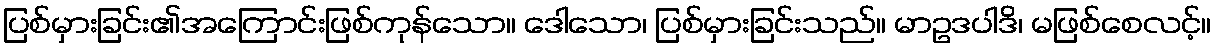
ပြစ်မှားခြင်း၏အကြောင်းဖြစ်ကုန်သော။ ဒေါသော၊ ပြစ်မှားခြင်းသည်။ မာဥဒပါဒိ၊ မဖြစ်စေလင့်။